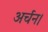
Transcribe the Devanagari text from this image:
अर्चन।